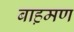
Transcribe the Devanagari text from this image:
बाह़मण